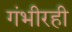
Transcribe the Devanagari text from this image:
गंभीरही